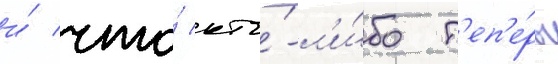
и́ что́ кто́-л'и́бо т'еп'е́рь